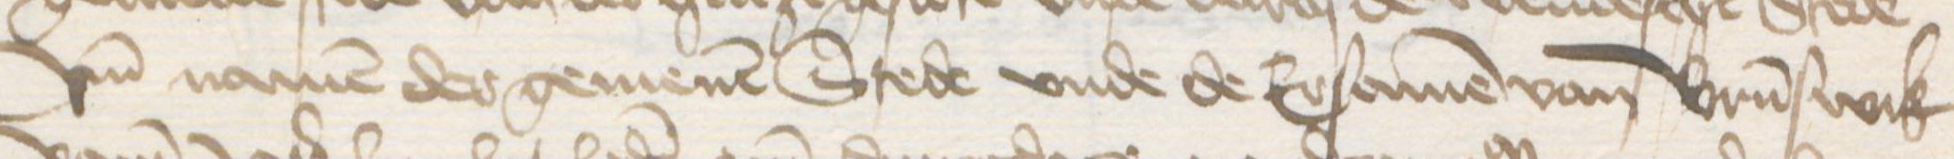
Transcription: vnd namen der gemenen Stede vnde de Ersamen van Brunswik